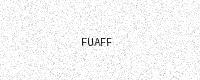
Text: FUAFF